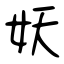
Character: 妖